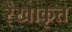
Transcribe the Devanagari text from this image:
रेखाकृत